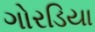
ગોરડિયા